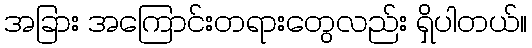
အခြား အကြောင်းတရားတွေလည်း ရှိပါတယ်။